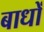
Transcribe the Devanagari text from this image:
बाधों